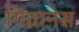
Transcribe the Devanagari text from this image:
गितानेस